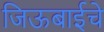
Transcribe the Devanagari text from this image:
जिऊबाईचे